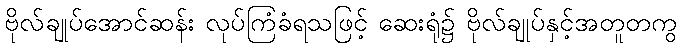
ဗိုလ်ချုပ်အောင်ဆန်း လုပ်ကြံခံရသဖြင့် ဆေးရုံ၌ ဗိုလ်ချုပ်နှင့်အတူတကွ